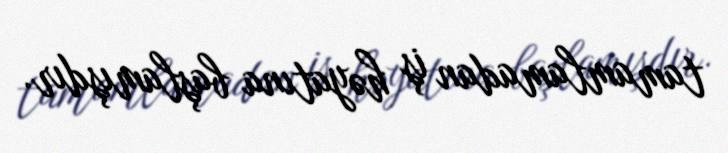
tamamlamadan iş həyatına başlamışdır.